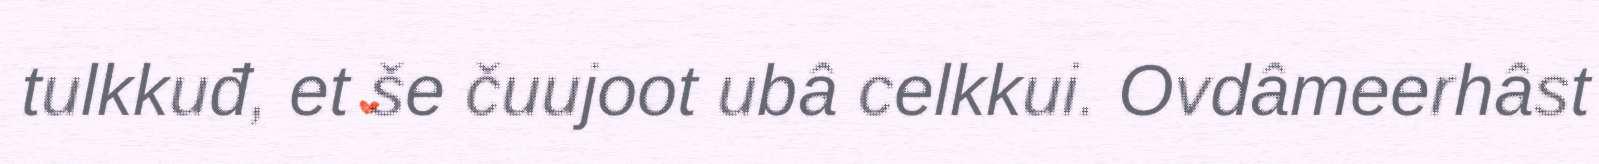
tulkkuđ, et še čuujoot ubâ celkkui. Ovdâmeerhâst